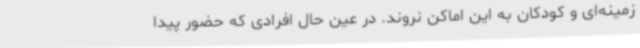
زمینه‌ای و کودکان به این اماکن نروند. در عین حال افرادی که حضور پیدا